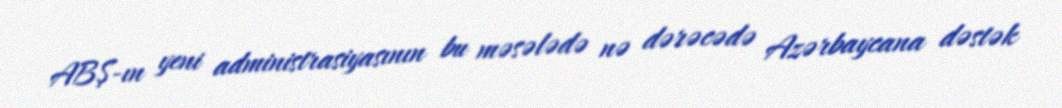
ABŞ-ın yeni administrasiyasının bu məsələdə nə dərəcədə Azərbaycana dəstək